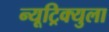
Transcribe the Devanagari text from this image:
न्यूट्रिक्युला